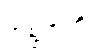
အစ္ဆရာဟိ